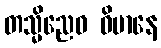
တသ္မိညေဝ ဝိမာနေ